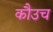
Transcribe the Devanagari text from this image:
कौउच